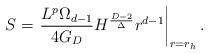
LaTeX: \begin{align*}S=\left.{L^p \Omega_{d-1}\over 4 G_D}H^{D-2\over \Delta}r^{d-1}\right|_{r=r_h}.\end{align*}